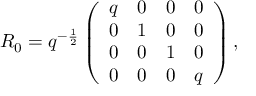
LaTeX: { \cal R } _ { 0 } = q ^ { - \frac 1 2 } \left( \begin{array} { c c c c } { { q } } & { { 0 } } & { { 0 } } & { { 0 } } \\ { { 0 } } & { { 1 } } & { { 0 } } & { { 0 } } \\ { { 0 } } & { { 0 } } & { { 1 } } & { { 0 } } \\ { { 0 } } & { { 0 } } & { { 0 } } & { { q } } \end{array} \right) ,